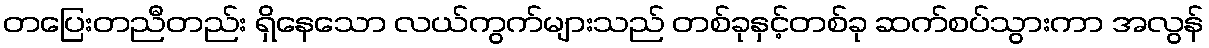
တပြေးတညီတည်း ရှိနေသော လယ်ကွက်များသည် တစ်ခုနှင့်တစ်ခု ဆက်စပ်သွားကာ အလွန်